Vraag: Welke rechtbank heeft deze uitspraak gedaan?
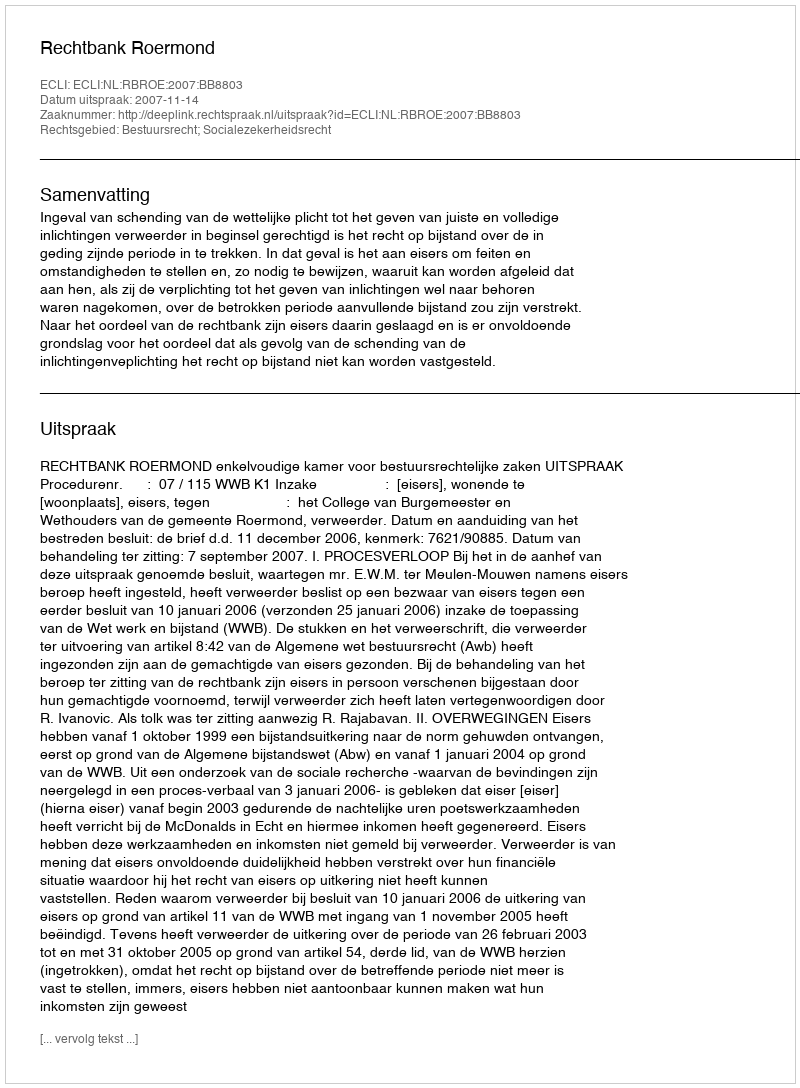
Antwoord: Rechtbank Roermond